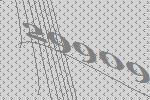
29909